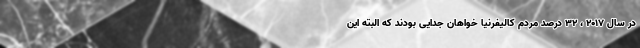
در سال 2017 ، 32 درصد مردم کالیفرنیا خواهان جدایی بودند که البته این